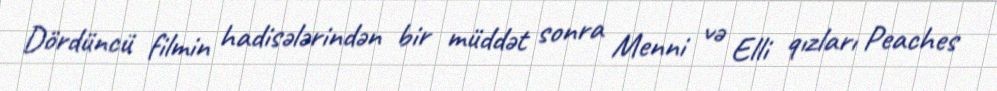
Dördüncü filmin hadisələrindən bir müddət sonra Menni və Elli qızları Peaches